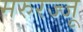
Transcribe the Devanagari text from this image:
मरुरज्जू